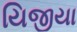
યિજીયા